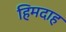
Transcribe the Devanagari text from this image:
हिमदाह